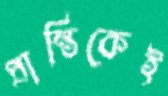
প্রান্তিকেই